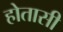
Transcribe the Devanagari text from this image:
होतासी